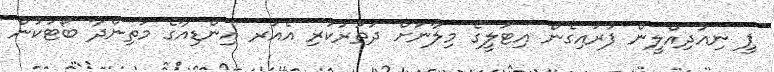
ޕީ ނިއުދިއްލީން ފުރައިގެން އިޓަލީގެ މިލާނަށް ދަތުރުކުރި އެއަރ އިންޑިއާގެ މަތިންދާ ބޯޓަކުން